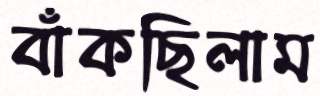
বাঁকছিলাম